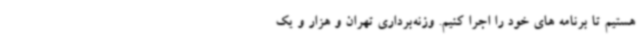
هستیم تا برنامه های خود را اجرا کنیم. وزنه‌برداری تهران و هزار و یک